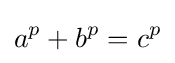
a^{p}+b^{p}=c^{p}